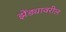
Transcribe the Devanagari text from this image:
झेंड्यावरील